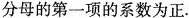
分母的第一项的系数为正.